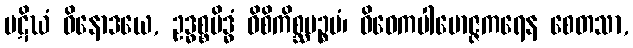
ပဋိဃံ ဝိနောဒယေ, ဥဒ္ဓစ္စမိဒ္ဓံ ဝိစိကိစ္ဆပဉ္စမံ၊ ဝိဝေကပါမောဇ္ဇကရေန စေတသာ,